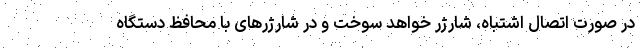
در صورت اتصال اشتباه، شارژر خواهد سوخت و در شارژرهای با محافظ دستگاه